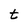
Character: t